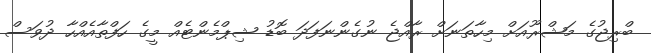
ބްރިޖުގެ މަޝްރޫއަށް މިހާތަނަށް ރާއްޖެ ނުގެންނަފަދަ ބޮޑު ޝިޕްމެންޓެއް މީގެ ހަފްތާއެއްހާ ދުވަސް